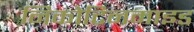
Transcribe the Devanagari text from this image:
निकोटिनमाइड